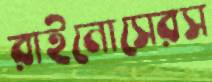
রাইনোসেরস